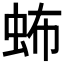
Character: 𧉩